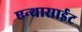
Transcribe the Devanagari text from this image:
एन्थ्रासाईट